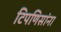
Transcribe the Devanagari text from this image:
टिपणिसांना